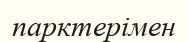
парктерімен